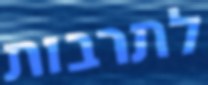
לתרבות